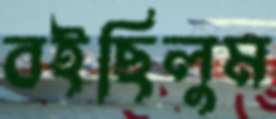
বইছিলুম